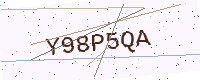
Text: Y98P5QA